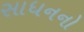
સાધનનો